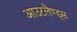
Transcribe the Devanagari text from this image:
आउटलैण्ड्स